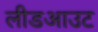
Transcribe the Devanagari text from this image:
लीडआउट